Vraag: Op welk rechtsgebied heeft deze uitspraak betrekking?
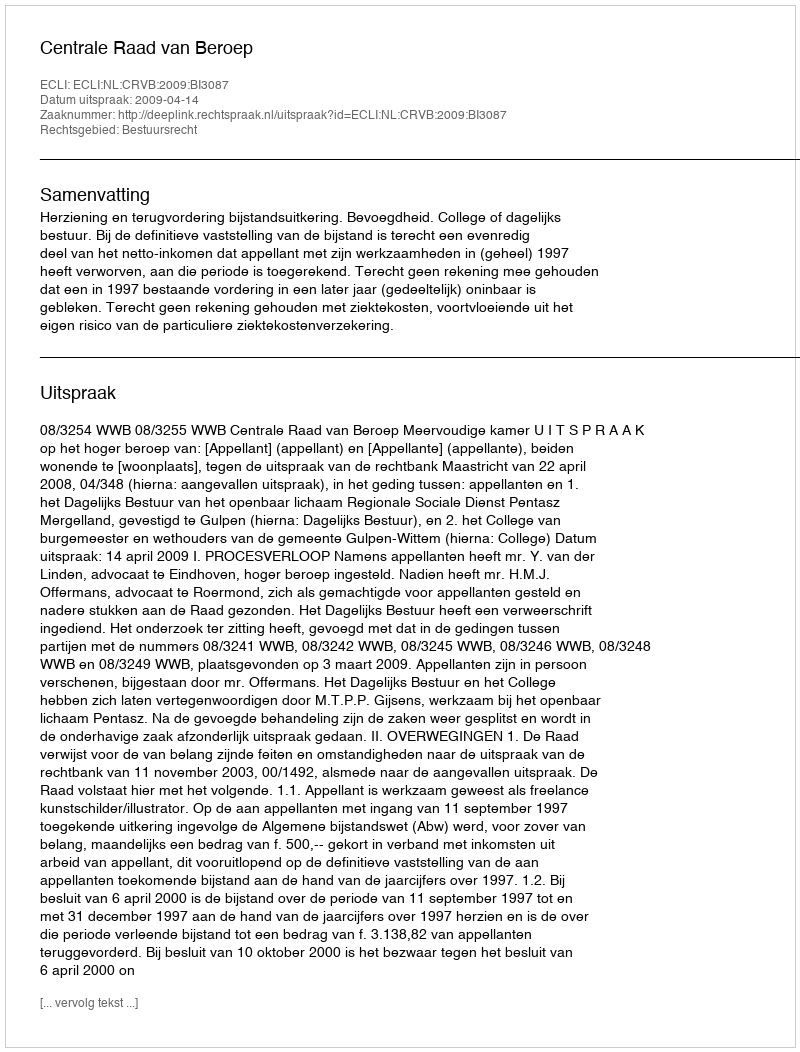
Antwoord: Bestuursrecht